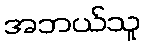
အဘယ်သူ